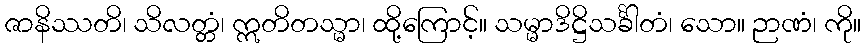
ဇာနိဿတိ၊ သိလတ္တံ၊ ဣတိတသ္မာ၊ ထို့ကြောင့်။ သမ္မာဒိဋ္ဌိသင်္ခါတံ၊ သော။ ဉာဏံ၊ ကို။